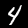
Digit: 4